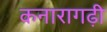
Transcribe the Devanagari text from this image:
कनारागढ़ी